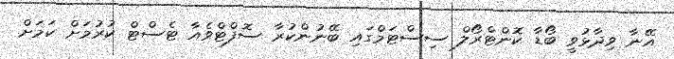
އޭނާ ވިދާޅުވީ ބޯޑާ ކޮންޓްރޯލް ސިސްޓަމްގައި ބޭނުންކުރާ ސޮފްޓްވެއާ ޓެސްޓް ކުރުމަށް ކަމަށް